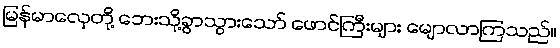
မြန်မာလှေတို့ ဘေးသို့ခွာသွားသော် ဖောင်ကြီးများ မျောလာကြသည်။